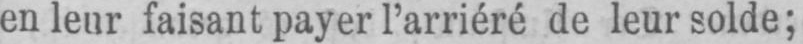
en leur faisant payer l’arriéré de leur solde;